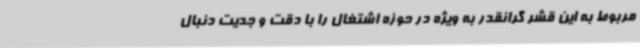
مربوط به این قشر گرانقدر به ویژه در حوزه اشتغال را با دقت و جدیت دنبال